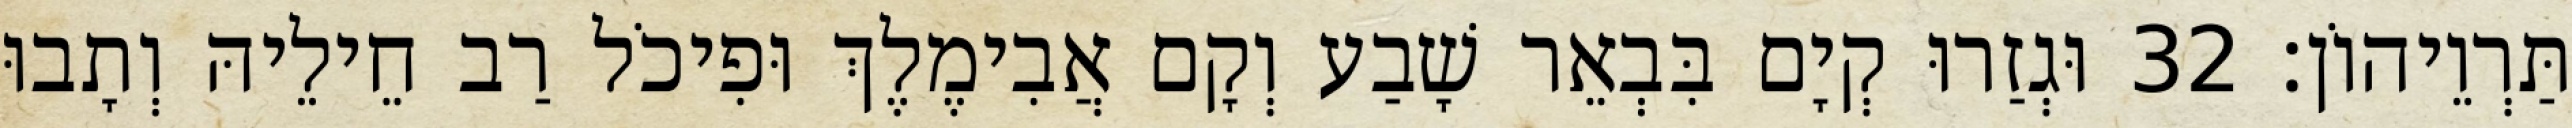
תַּרְוֵיהוֹן׃ 32 וּגְזַרוּ קְיָם בִּבְאֵר שָׁבַע וְקָם אֲבִימֶלֶךְ וּפִיכֹל רַב חֵילֵיהּ וְתָבוּ